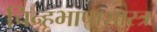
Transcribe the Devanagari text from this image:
चिन्हभाषाशास्त्र